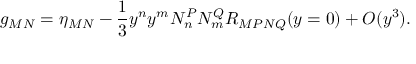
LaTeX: g _ { M N } = \eta _ { M N } - \frac { 1 } { 3 } y ^ { n } y ^ { m } N _ { n } ^ { P } N _ { m } ^ { Q } R _ { M P N Q } ( y = 0 ) + { \cal O } ( y ^ { 3 } ) .